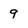
Character: 9